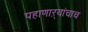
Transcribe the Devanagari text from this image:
पहाणाऱ्यांचाच